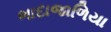
ભાદાજાળિયા